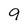
Character: 9